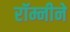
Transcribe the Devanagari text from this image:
रॉम्नीने